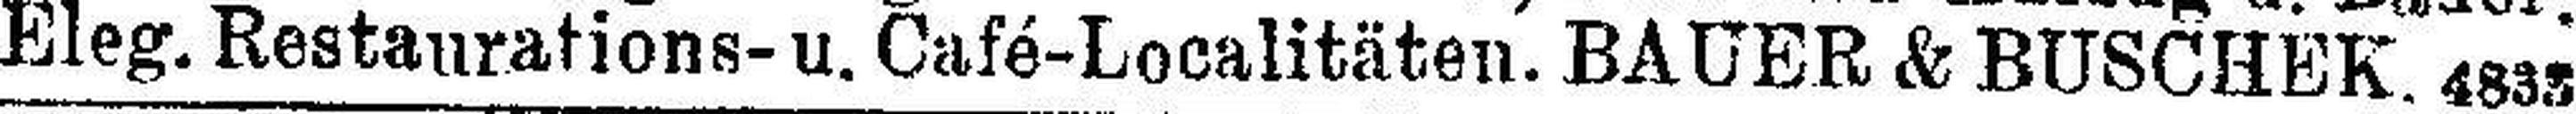
Eleg. Restaurations- u. Café-Localitäten. BAUER & BUSCHEK. 4833